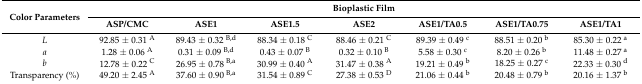
<table><thead><tr><td rowspan="2"><b>Color Parameters</b></td><td colspan="7"><b>Bioplastic Film</b></td></tr><tr><td><b>ASP/CMC</b></td><td><b>ASE1</b></td><td><b>ASE1.5</b></td><td><b>ASE2</b></td><td><b>ASE1/TA0.5</b></td><td><b>ASE1/TA0.75</b></td><td><b>ASE1/TA1</b></td></tr></thead><tbody><tr><td><i>L</i></td><td>92.85 ± 0.31 <sup>A</sup></td><td>89.43 ± 0.32 <sup>B,d</sup></td><td>88.34 ± 0.18 <sup>C</sup></td><td>88.46 ± 0.21 <sup>C</sup></td><td>89.39 ± 0.49 <sup>c</sup></td><td>88.51 ± 0.20 <sup>b</sup></td><td>85.30 ± 0.22 <sup>a</sup></td></tr><tr><td><i>a</i></td><td>1.28 ± 0.06 <sup>A</sup></td><td>0.31 ± 0.09 <sup>B,d</sup></td><td>0.43 ± 0.07 <sup>B</sup></td><td>0.32 ± 0.10 <sup>B</sup></td><td>5.58 ± 0.30 <sup>c</sup></td><td>8.20 ± 0.26 <sup>b</sup></td><td>11.48 ± 0.27 <sup>a</sup></td></tr><tr><td><i>b</i></td><td>12.78 ± 0.22 <sup>C</sup></td><td>26.95 ± 0.78 <sup>B,a</sup></td><td>30.99 ± 0.40 <sup>A</sup></td><td>31.47 ± 0.38 <sup>A</sup></td><td>19.21 ± 0.49 <sup>b</sup></td><td>18.25 ± 0.27 <sup>c</sup></td><td>22.33 ± 0.30 <sup>d</sup></td></tr><tr><td>Transparency (%)</td><td>49.20 ± 2.45 <sup>A</sup></td><td>37.60 ± 0.90 <sup>B,a</sup></td><td>31.54 ± 0.89 <sup>C</sup></td><td>27.38 ± 0.53 <sup>D</sup></td><td>21.06 ± 0.44 <sup>b</sup></td><td>20.48 ± 0.79 <sup>b</sup></td><td>20.16 ± 1.37 <sup>b</sup></td></tr></tbody></table>